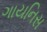
ગાયનિસ